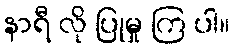
နာရီ လို ပြုမှု ကြ ပါ။